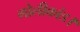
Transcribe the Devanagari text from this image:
गोलीकांड।